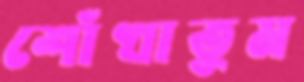
শোঁখাতুম